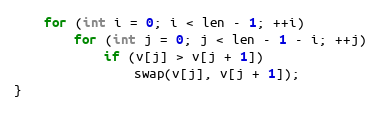
Language: C
	for (int i = 0; i < len - 1; ++i)
		for (int j = 0; j < len - 1 - i; ++j)
			if (v[j] > v[j + 1])
				swap(v[j], v[j + 1]);
}